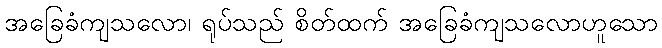
အခြေခံကျသလော၊ ရုပ်သည် စိတ်ထက် အခြေခံကျသလောဟူသော